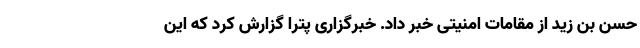
حسن بن زید از مقامات امنیتی خبر داد. خبرگزاری پترا گزارش کرد که این